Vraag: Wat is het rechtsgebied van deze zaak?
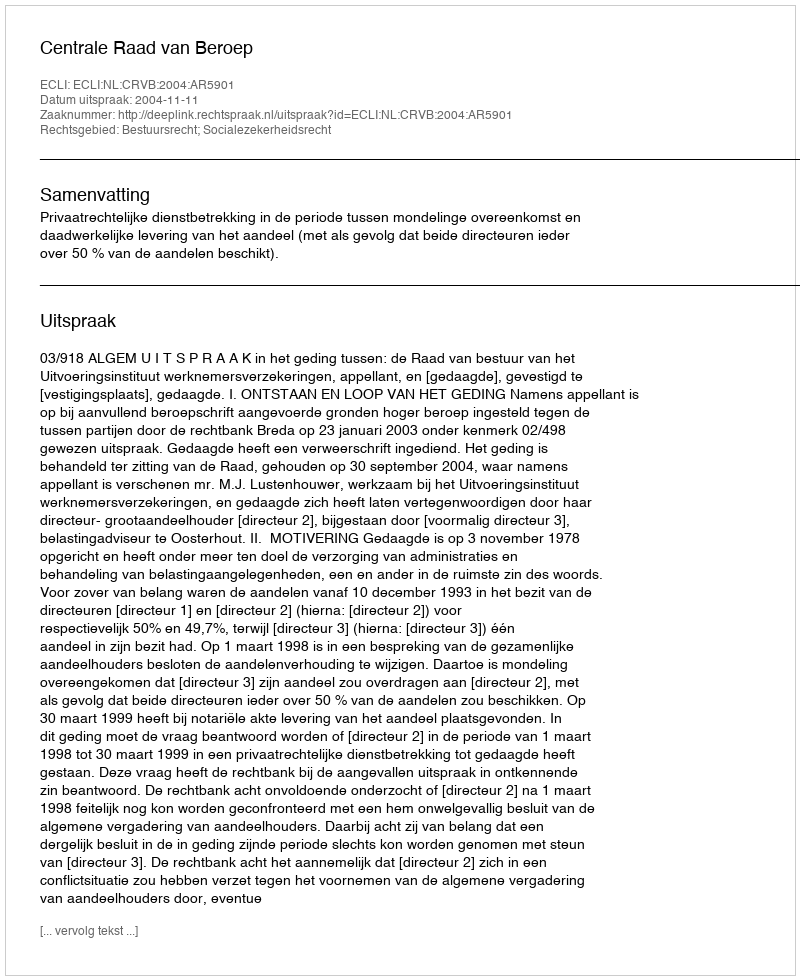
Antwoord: Bestuursrecht; Socialezekerheidsrecht